Eesti_Rahvusfond, lk 119
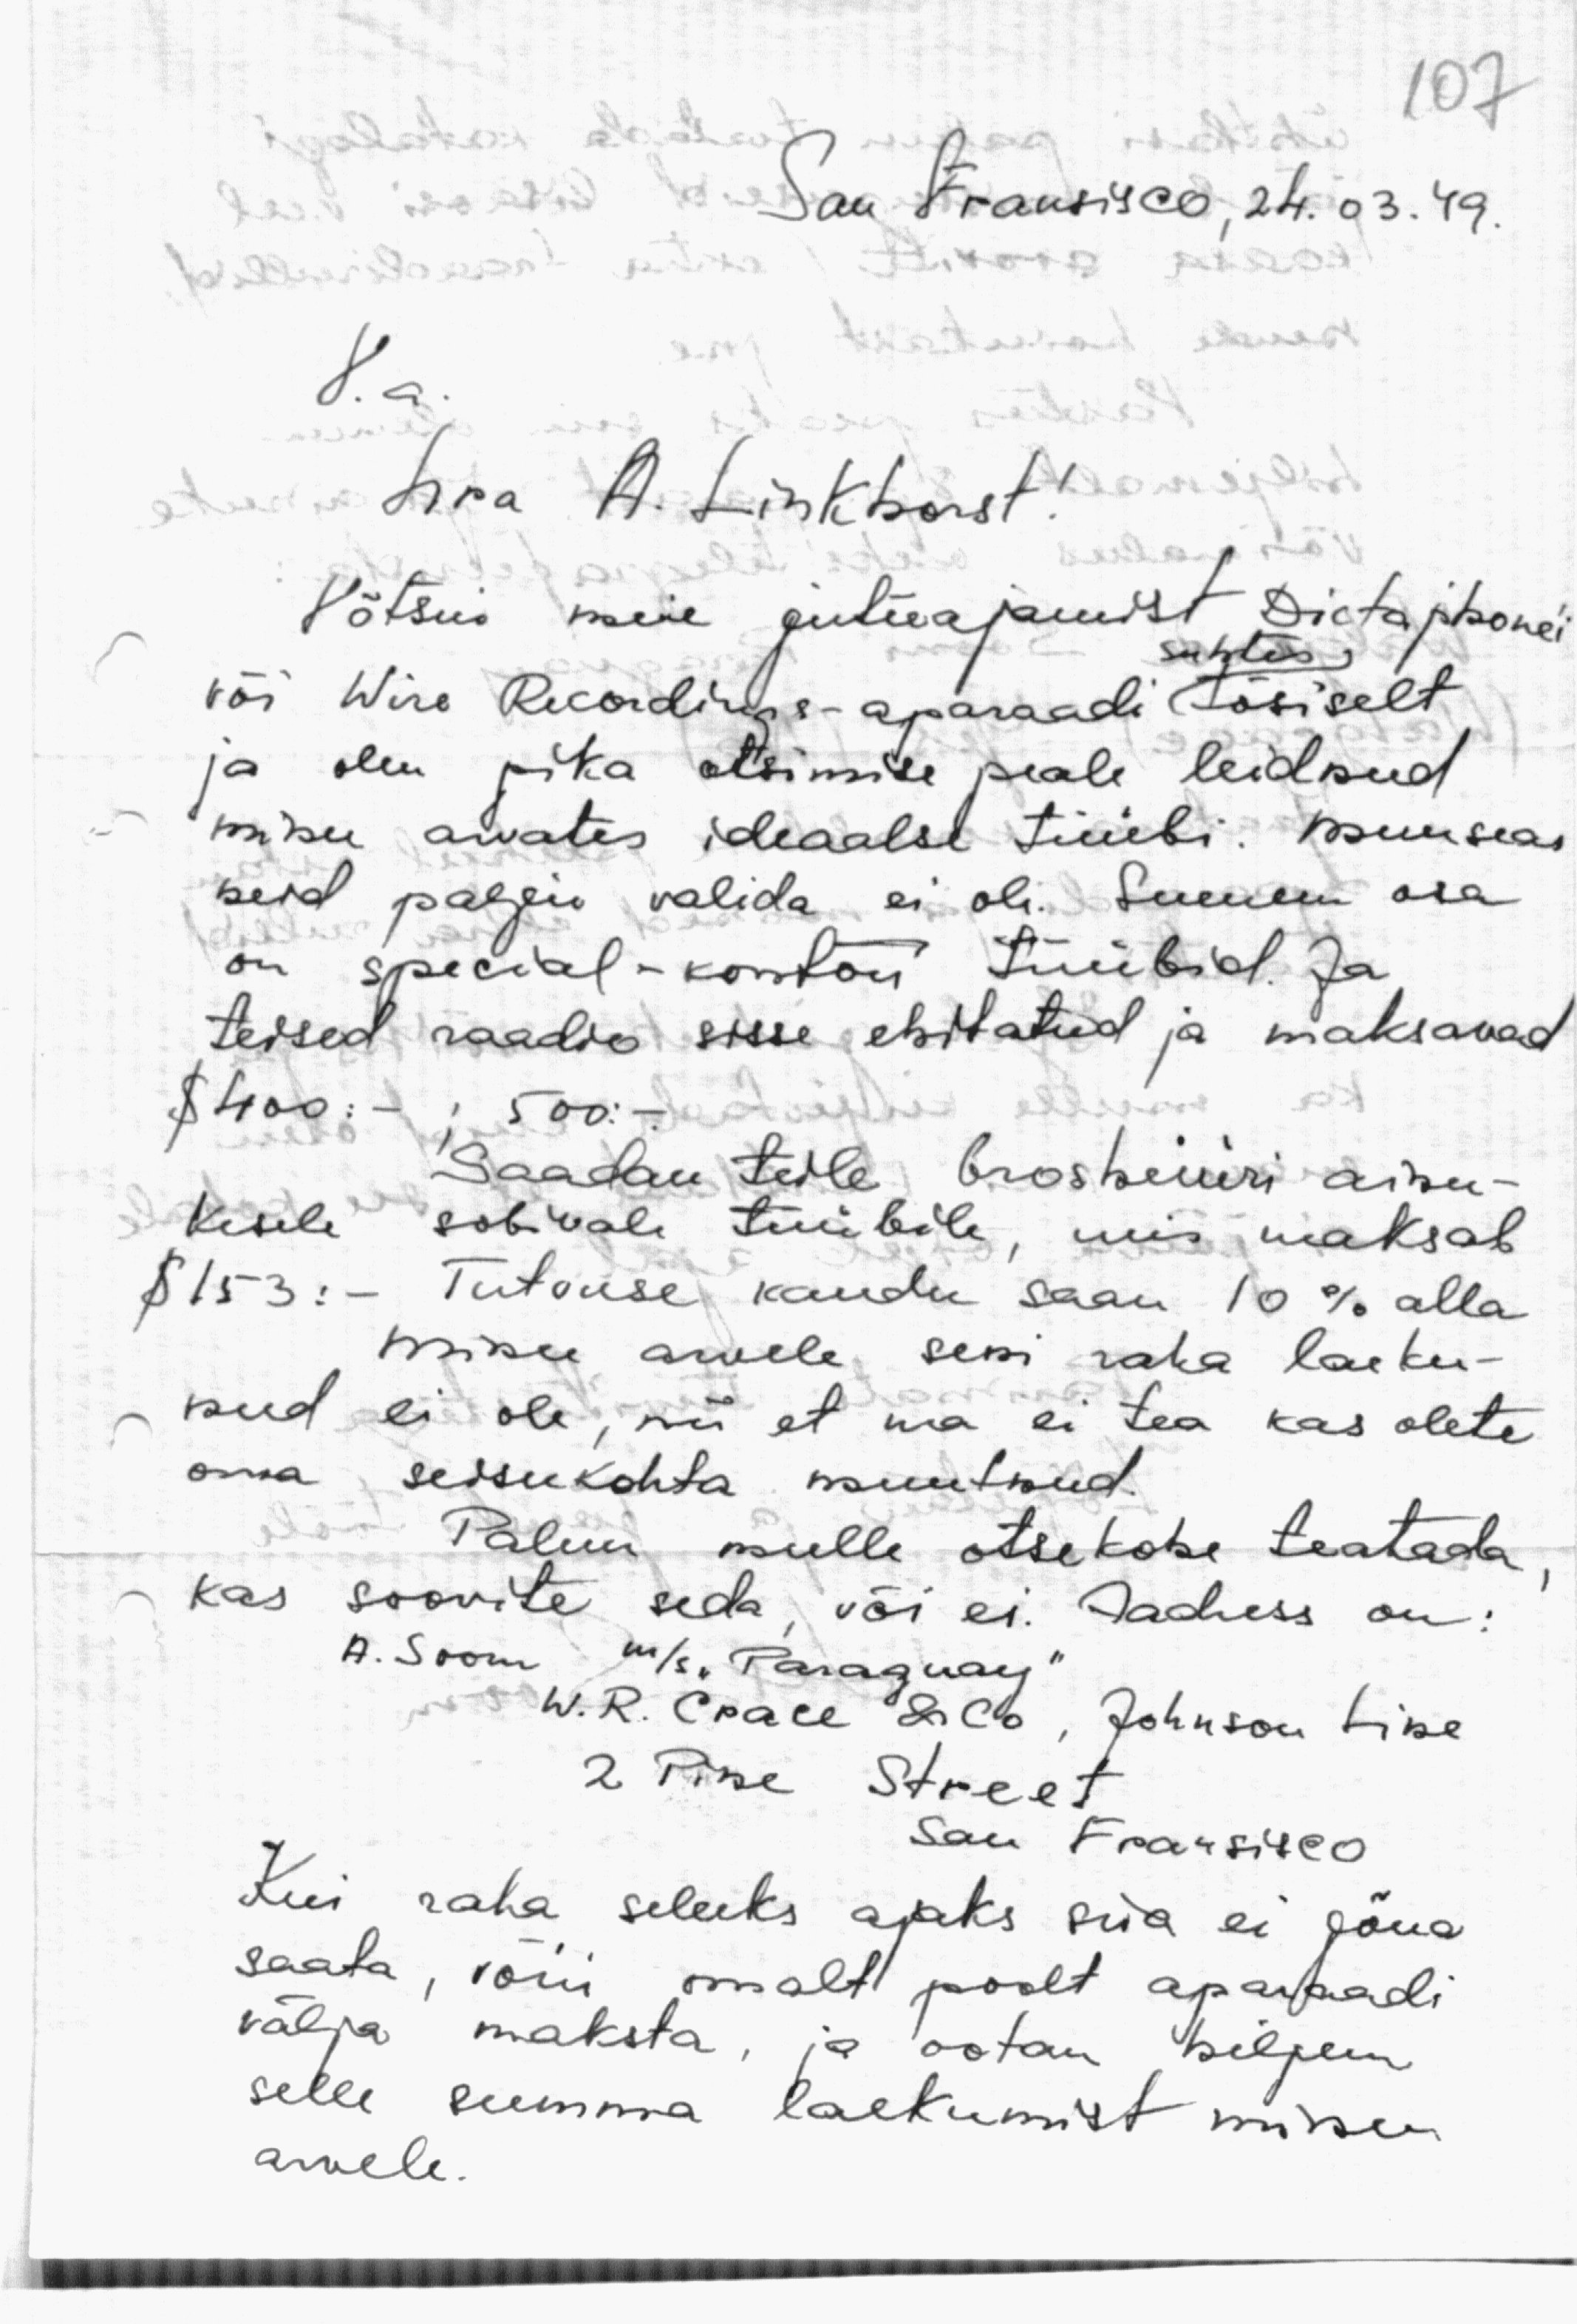
San Fransico, 24.03.49.
V.a.
hra A. Linkhorst
Võtsus meie jutuajamist Dictaphone'i
suhtes
või Wire Recordings-aparaadi tõsiselt
ja olen pika otsimise peale leidnud
minu arvates ideaalse tüübi. Muuseas
neid palju valida ei ole. Suurem osa
on special-kontori tüübid. Ja
teised raadio sisse ehitatud ja maksavad
$400: – ; 500:–
Saadan teile broshüüri ainu-
kesele sobivale tüübile, mis maksab
$153:- Tutvuse kaudu saan 10% alla
Minu arvele seni raha laeku-
nud ei ole, nii et ma ei tea kas olete
oma seisukohta muutnud.
Palun mulle otsekohe teatada
kas soovite seda, või ei. Aadress on:
A. Soom m/s "Paraguay"
W. R.  Crace, Johnson Line
2 Pine Street
San Fransisco
Kui raha selleks ajaks siia ei jõua
saata, võin omalt poolt aparaadi
välja maksta, ja ootan hiljem
selle summa laekumist minu
arvele.